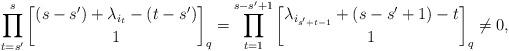
LaTeX: \begin{align*}\begin{aligned}\prod_{t=s'}^{{s}} {(s-s')+\lambda_{i_{t}}-(t-s') \brack 1}_q=\prod_{t=1}^{{s-s'+1}} {\lambda_{i_{s'+t-1}}+(s-s'+1)-t \brack 1}_q\neq 0,\end{aligned}\end{align*}